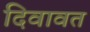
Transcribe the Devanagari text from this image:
दिवावत